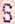
S